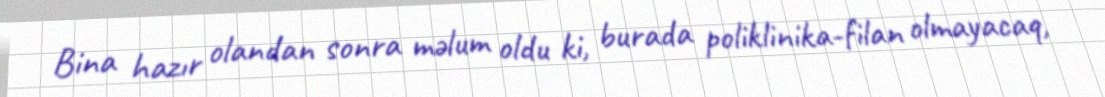
Bina hazır olandan sonra məlum oldu ki, burada poliklinika-filan olmayacaq,